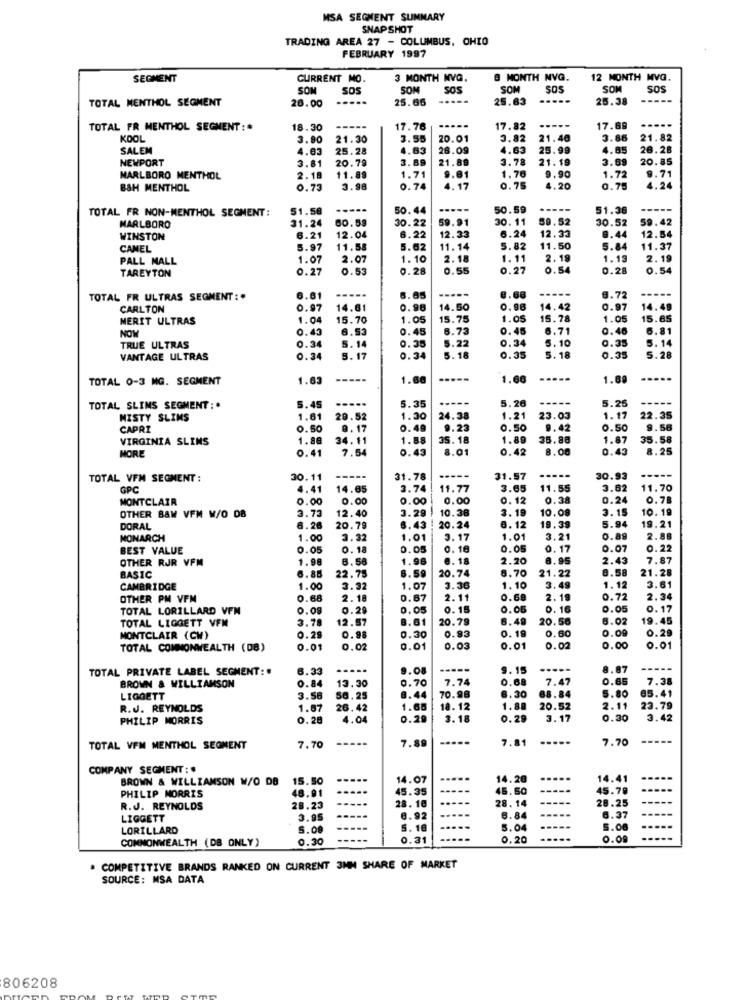
MSA SEGMENT SUMMARY
SNAPSHOT
TRADING AREA 27 - COLUMBUS, OHIO
FEBRUARY 1997
SEGMENT
CURRENT MO.
3 MONTH MVG.
8 MONTH NVG.
12 MONTH MVG.
SOM
SOS
SOM
SOS
SOM
SOS
SOM
SOS
TOTAL MENTHOL SEGMENT
28.00
25.65
...
25.63
....
25.38
TOTAL FR MENTHOL SEGMENT :*
18.30
17.76
17.82
17.69
KOOL
3.90
21.30
3.55
20.01
3.82
21.40
3.86
21.82
SALEM
4.63
25.28
4.63
28.09
4.63
25.99
4.85
26.28
NEWPORT
3.81
3.89
21.89
3.78
21.19
3.69
20.85
20.79
MARLBORO MENTHOL
2.18
11.89
1.71
9.81
1.76
9.90
1.72
9.71
1.2
BSH MENTHOL
0.73
3.98
0.74
4. 17
0.75
4.20
0.75
TOTAL FR NON-MENTHOL SEGMENT:
51.58
50.44
----
50.59
-----
51.36
31.24
30.22
59.91
30.11
30.52
59.42
MARLBORO
60.59
6.24
59.52
12.54
WINSTON
6.21
12.04
6.22
12.33
12.33
8.44
CAMEL
5.97
11.58
5.62
11. 14
5.82
11.50
5.84
11.37
PALL MALL
1.07
2.07
1.10
2.18
1.11
2.18
1.19
2.19
TAREYTON
0.27
0.53
0.28
0.55
0.27
0.54
0.28
0.54
-----
TOTAL FR ULTRAS SEGMENT :.
6.81
6.65
-----
8.72
CARLTON
0.97
14.61
0.96
14.50
0.96
14.42
0.97
14.49
MERIT ULTRAS
MON
1.04
15.70
1.05
15.75
1.05
15.78
1.05
15.65
0.43
6.53
0.45
6.73
0.45
6.71
0.46
6.81
0.34
0.34
5.10
0.35
5. 14
TRUE ULTRAS
5.14
0.35
5.22
5. 18
VANTAGE ULTRAS
0.34
5. 17
0.34
5. 18
0.35
0.35
5.28
TOTAL 0-3 MG. SEGMENT
1.63
-----
1.60
-----
1.66
----.
1.69
----
5.26
-----
5.26
----
TOTAL SLIMS SEGMENT :*
6.45
5.35
MISTY SLIMS
1.61
20.52
1.30
24.38
1.21
23.03
1. 17
22.35
CAPRI
0.50
9.17
0.49
9.23
0.50
9.42
0.50
9.56
VIRGINIA SLIMS
1.88
34.11
1.88
35. 18
1.89
35.88
1.87
35.58
MORE
0.41
7.54
0.43
8.01
0.42
8.00
0.43
8.25
TOTAL VFM SEGMENT :
30.11
-----
31.78
-----
31.57
30.93
GPC
4.41
14.65
3.74
11.77
3.65
11.55
3.62
11.70
MONTCLAIR
0.00
0.00
0.00
0.00
0.12
0.38
0.24
0.70
OTHER BAW VFM W/O DB
2.73
3.29
10.38
3.18
10.08
3.15
10. 19
12.40
DORAL
6.26
20.79
6.43
20.24
6.12
19,39
5.94
19.21
MONARCH
1.00
3.32
1.01
3.17
1.01
3.21
0.89
2.88
BEST VALUE
0.05
0.18
0.05
0.16
0.05
0.17
0.07
0.22
OTHER RJR VFM
1.98
8.58
1.98
6.18
2.20
8.95
2.43
7.87
3.59
8.58
21.28
BASIC
6.85
22.75
20.74
6.70
21.22
CAMBRIDGE
1.00
3.32
1.07
3.36
1.10
3.49
1.12
3.61
OTHER PM VFM
0.68
2.18
0.67
2.11
0.68
2.19
0.72
2.34
TOTAL LORILLARD VFN
0.09
0.29
0.05
0. 15
0.05
0. 16
0.05
0.17
TOTAL LIQGETT VFM
3.78
12.87
8.01
20.79
6.49
20.56
6.02
19.45
0. 19
0.60
0.09
0.29
MONTCLAIR (CW)
0.29
0.98
0.30
0.93
TOTAL COMMONWEALTH (08)
0.01
0.02
0.01
0.03
0.01
0.02
0.00
0.01
TOTAL PRIVATE LABEL SEGMENT:#
6.33
.....
9.08
9.15
....-
8.87
0.84
13.30
0.70
7.74
0.68
7.47
0.65
7.38
BROWN & WILLIAMSON
70.98
5.80 05.41
LIGGETT
3.56
56. 25
8.44
8.30
88.84
R.J. REYNOLDS
1.67
26.42
1.65
18. 12
1.88
20.52
2.11 23.79
PHILIP MORRIS
0.28
4.04
0.29
3.18
0.29
3.17
0.30
3.42
---
7.89
.....
7.81
7.70
TOTAL VFM MENTHOL SEGMENT
7.70
COMPANY SEGMENT: #
BROWN & WILLIAMSON W/O DB
15.50
14.07
14.20
14.41
PHILIP MORRIS
48.91
45.35
45.50
45.79
28.14
28.25
R.J. REYNOLDS
28.23
28. 18
LIGGETT
3.95
6.92
.....
6.84
6.37
LORILLARD
5.00
5. 16
5.04
---
5.08
COMMONWEALTH (DB ONLY)
0.30
0.31
0.20
....
0.09
COMPETITIVE BRANDS RANKED ON CURRENT 3MM SHARE OF MARKET
SOURCE: MSA DATA
806208